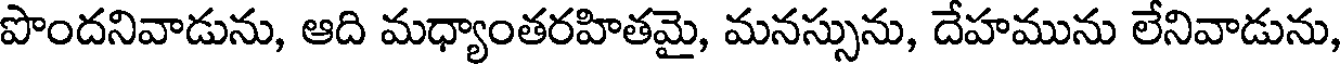
పొందనివాడును, ఆది మధ్యాంతరహితమై, మనస్సును, దేహమును లేనివాడును,